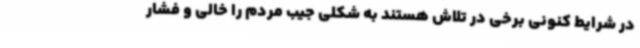
در شرایط کنونی برخی در تلاش هستند به شکلی جیب مردم را خالی و فشار